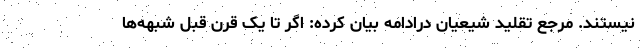
نیستند. مرجع تقلید شیعیان درادامه بیان کرده: اگر تا یک قرن قبل شبهه‌ها